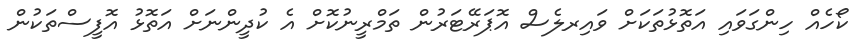
ކޯހެއް ހިންގަވައި އަތޮޅުތަކަށް ވައިރލެސް އޮޕަރޭޓަރުން ތަމްރީނުކޮށް އެ ކުދީންނަށް އަތޮޅު އޮފީސްތަކުން